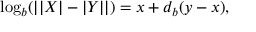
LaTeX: \log _ { b } ( | | X | - | Y | | ) = x + d _ { b } ( y - x ) ,